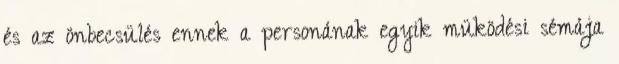
és az önbecsülés ennek a personának egyik müködési sémája